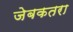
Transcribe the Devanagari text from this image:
जेबकतरा